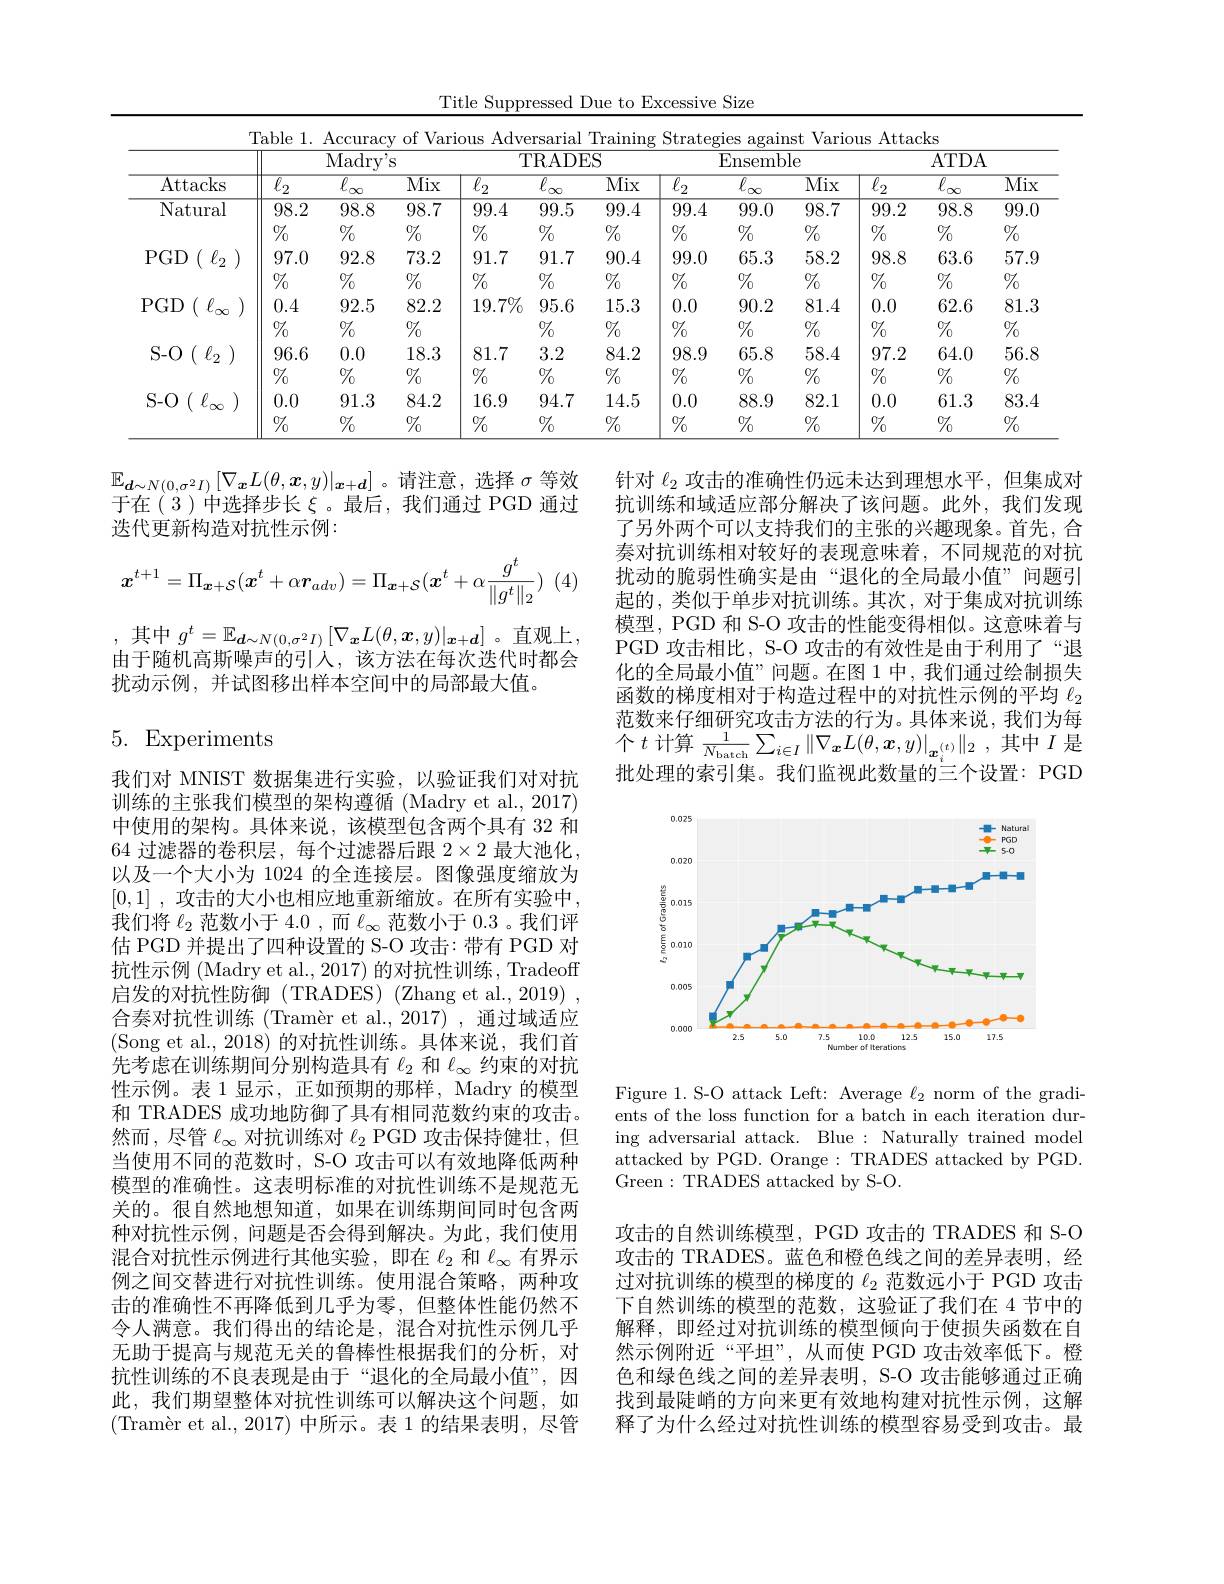
Title Suppressed Due to Excessive Size
<table>
	<tbody>
		<tr>
			<th rowspan="3">Attacks</th>
			<th>[ able 1.</th>
			<th>$\operatorname{Accurac}$</th>
			<th>of Varie</th>
			<th>Adve $us$</th>
			<th>rsarial</th>
			<th>Training</th>
			<th>Strateg</th>
			<th>$\dot{\mathrm{ies}}$ $\operatorname{agalm}$</th>
			<th>Vario 1st</th>
			<th>Attac llS</th>
			<th>: ks</th>
			<th> </th>
		</tr>
		<tr>
			<th> </th>
			<th>Madry</th>
			<th>S</th>
			<th colspan="3">TRADES</th>
			<th colspan="3">Ensemble</th>
			<th colspan="3">ATDA</th>
		</tr>
		<tr>
			<th>$\overline{\ell_{2}}$</th>
			<th>$\overline{\ell}_{-1}$</th>
			<th>$\overline{\mathrm{Mix}}$</th>
			<th>$\overline{\ell_{2}}$</th>
			<th>$\overline{\ell_\infty}$</th>
			<th>$\overline{\mathrm{Mix}}$</th>
			<th>$\overline{\ell_{2}}$</th>
			<th>$\overline{\ell}$ T</th>
			<th>$\overline{\mathrm{Mix}}$</th>
			<th>$\overline{\ell_{2}}$</th>
			<th>$\overline{\ell}$ </th>
			<th>$\overline{\mathrm{Mix}}$</th>
		</tr>
		<tr>
			<td rowspan="2">Natural</td>
			<td>98.2</td>
			<td>98.8</td>
			<td>98.7</td>
			<td>99.4</td>
			<td>99.5</td>
			<td>99.4</td>
			<td>99.4</td>
			<td>99.0</td>
			<td>98.7</td>
			<td>99.2</td>
			<td>98.8</td>
			<td>99.0</td>
		</tr>
		<tr>
			<td>$\%_0$</td>
			<td>$\%$</td>
			<td>$\%$</td>
			<td>$\%$</td>
			<td>$\%_{0}$</td>
			<td>$\%$</td>
			<td>$\%$</td>
			<td>$\%$</td>
			<td>$\%$</td>
			<td>$\%_0$</td>
			<td>$\%$</td>
			<td>$\%_0$</td>
		</tr>
		<tr>
			<td rowspan="2">$\operatorname { PGD} ($ $\ell _{2}$ )</td>
			<td>97.0</td>
			<td>92.8</td>
			<td>73.2</td>
			<td>91.7</td>
			<td>91.7</td>
			<td>90.4</td>
			<td>99.0</td>
			<td>65.3</td>
			<td>58.2</td>
			<td>98.8</td>
			<td>63.6</td>
			<td>57.9</td>
		</tr>
		<tr>
			<td>$\%$</td>
			<td>$\%$</td>
			<td>$\%_0$</td>
			<td>$\%_0$</td>
			<td>$\%_0$</td>
			<td>$\%$</td>
			<td>$\%$</td>
			<td>$\%_0$</td>
			<td>$\%$</td>
			<td>$\%_0$</td>
			<td>$\%$</td>
			<td>$\%_0$</td>
		</tr>
		<tr>
			<td rowspan="2">PGD$\begin{pmatrix} {{\ell _{\infty }}}\end{pmatrix}$</td>
			<td>0.4</td>
			<td>92.5</td>
			<td>82.2</td>
			<td>$19.7\%$</td>
			<td>95.6</td>
			<td>15.3</td>
			<td>0.0</td>
			<td>90.2</td>
			<td>81.4</td>
			<td>0.0</td>
			<td>62.6</td>
			<td>81.3</td>
		</tr>
		<tr>
			<td>$\%$</td>
			<td>$\%$</td>
			<td>$\%_0$</td>
			<td> </td>
			<td>$\%_0$</td>
			<td>$\%$</td>
			<td>$\%$</td>
			<td>$\%_0$</td>
			<td>$\%$</td>
			<td>$\%_0$</td>
			<td>$\%$</td>
			<td>$\%_0$</td>
		</tr>
		<tr>
			<td rowspan="2">S- O$( \ell _{2})$</td>
			<td>96.6</td>
			<td>0.0</td>
			<td>18.3</td>
			<td>81.7</td>
			<td>3.2</td>
			<td>84.2</td>
			<td>98.9</td>
			<td>65.8</td>
			<td>58.4</td>
			<td>97.2</td>
			<td>64.0</td>
			<td>56.8</td>
		</tr>
		<tr>
			<td>$\%$</td>
			<td>$\%$</td>
			<td>$\%$</td>
			<td>$\%$</td>
			<td>$\%_{0}$</td>
			<td>$\%_0$</td>
			<td>$\%$</td>
			<td>$\%_0$</td>
			<td>$\%$</td>
			<td>$\%_0$</td>
			<td>$\%$</td>
			<td>$\%_0$</td>
		</tr>
		<tr>
			<td rowspan="2">S- O$\left ( \:\ell _{\infty }\:\right )$</td>
			<td>0.0</td>
			<td>91.3</td>
			<td>84.2</td>
			<td>16.9</td>
			<td>94.7</td>
			<td>14.5</td>
			<td>0.0</td>
			<td>88.9</td>
			<td>82.1</td>
			<td>0.0</td>
			<td>61.3</td>
			<td>83.4</td>
		</tr>
		<tr>
			<td>$\%$</td>
			<td>$\%$</td>
			<td>$\%_{0}$</td>
			<td>$\%$</td>
			<td>$\%_{0}$</td>
			<td>$\%$</td>
			<td>$\%_{0}$</td>
			<td>$\%_{0}$</td>
			<td>$\%_{0}$</td>
			<td>$\%$</td>
			<td>$\%$</td>
			<td>$\%_{0}$</td>
		</tr>
	</tbody>
</table>

$\mathbb{E}_{\boldsymbol{d}\sim N(0,\sigma^{2}I)}\left[\nabla_{\boldsymbol{x}}L(\theta,\boldsymbol{x},y)|_{\boldsymbol{x}+\boldsymbol{d}}\right]$。请注意，选择$\sigma$等效于在(3)中选择步长$\xi$ 。最后，我们通过 PGD 通过迭代更新构造对抗性示例：
$$\boldsymbol{x}^{t+1}=\Pi_{\boldsymbol{x}+\mathcal{S}}(\boldsymbol{x}^t+\alpha\boldsymbol{r}_{adv})=\Pi_{\boldsymbol{x}+\mathcal{S}}(\boldsymbol{x}^t+\alpha\frac{g^t}{\|g^t\|_2})$$
 )(4)
,其中$g^t=\mathbb{E}_{\boldsymbol{d}\sim N(0,\sigma^{2}I)}\left[\nabla_{\boldsymbol{x}}L(\theta,\boldsymbol{x},y)|_{\boldsymbol{x}+\boldsymbol{d}}\right]$。直观上. 由于随机高斯噪声的引人，该方法在每次迭代时都会扰动示例，并试图移出样本空间中的局部最大值。

针对$\ell_{2}$攻击的准确性仍远未达到理想水平，但集成对抗训练和域适应部分解决了该问题。此外，我们发现了另外两个可以支持我们的主张的兴趣现象。首先，合奏对抗训练相对较好的表现意味着，不同规范的对抗扰动的脆弱性确实是由“退化的全局最小值”问题引起的，类似于单步对抗训练。其次，对于集成对抗训练模型，PGD 和 S-O 攻击的性能变得相似。这意味着与PGD 攻击相比，S-O 攻击的有效性是由于利用了“退化的全局最小值”问题。在图 1 中，我们通过绘制损失函数的梯度相对于构造过程中的对抗性示例的平均$\ell_{2}$ 范数来仔细研究攻击方法的行为。具体来说，我们为每$\left.\begin{array}{l}\text{他如不同 细切几类出刀12日门分。天降不以，JAMD}\\\text{个 }t\text{ 计算 }\frac{1}{N_{\mathrm{batch}}}\sum_{i\in I}\left\|\nabla_{\mathbf{x}}L(\theta,\boldsymbol{x},y)\right|_{\boldsymbol{x}_{i}^{(t)}}\left\|_{2}\right.,\text{其中 }I\text{ 是}\end{array}\right.$ 批处理的索引集。我们监视此数量的三个设置：PGD

# 5. Experiments

<FigureHere>

我们对 MNIST 数据集进行实验，以验证我们对对抗训练的主张我们模型的架构遵循 (Madry et al., 2017) 中使用的架构。具体来说，该模型包含两个具有 32 和64 过滤器的卷积层，每个过滤器后跟 2×2 最大池化， 以及一个大小为 1024 的全连接层。图像强度缩放为[0,1] ,攻击的大小也相应地重新缩放。在所有实验中， 我们将$\ell_2$范数小于4.0,而$\ell_\infty$范数小于0.3 。我们评估 PGD 并提出了四种设置的 S-O 攻击：带有 PGD 对抗性示例 (Madry et al., 2017) 的对抗性训练，Tradeoff 启发的对抗性防御(TRADES)(Zhang et al., 2019) 合奏对抗性训练(Tramèr et al.,2017),通过域适应(Song et al., 2018)的对抗性训练。具体来说，我们首先考虑在训练期间分别构造具有$\ell_2$和$\ell_\infty$约束的对抗性示例。表 1 显示，正如预期的那样，Madry 的模型和 TRADES 成功地防御了具有相同范数约束的攻击。然而，尽管$\ell_\infty$对抗训练对$\ell_2$ PGD 攻击保持健壮，但当使用不同的范数时，S-O 攻击可以有效地降低两种模型的准确性。这表明标准的对抗性训练不是规范无关的。很自然地想知道，如果在训练期间同时包含两种对抗性示例，问题是否会得到解决。为此，我们使用混合对抗性示例进行其他实验，即在$\ell_2$和$\ell_\infty$有界示例之间交替进行对抗性训练。使用混合策略，两种攻击的准确性不再降低到几乎为零，但整体性能仍然不令人满意。我们得出的结论是，混合对抗性示例几乎无助于提高与规范无关的鲁棒性根据我们的分析，对抗性训练的不良表现是由于“退化的全局最小值”,因此，我们期望整体对抗性训练可以解决这个问题，如$( \text{Tram\` {e}retal. , 2017) 中 所 示 。表 1 的 结 果 表 明 , 尽 管 }$

Figure 1. S-O attack Left: Average $\ell_2$ norm of the gradients of the loss function for a batch in each iteration during adversarial attack. Blue : Naturally trained model attacked by PGD. Orange: TRADES attacked by PGD. Green:TRADES attacked by S-O.

攻击的自然训练模型，PGD 攻击的 TRADES 和 S-O 攻击的 TRADES。蓝色和橙色线之间的差异表明，经过对抗训练的模型的梯度的$\ell_{2}$范数远小于 PGD 攻击下自然训练的模型的范数，这验证了我们在 4 节中的解释，即经过对抗训练的模型倾向于使损失函数在自然示例附近“平坦”,从而使 PGD 攻击效率低下。橙色和绿色线之间的差异表明，S-O 攻击能够通过正确找到最陡峭的方向来更有效地构建对抗性示例，这解释了为什么经过对抗性训练的模型容易受到攻击。最